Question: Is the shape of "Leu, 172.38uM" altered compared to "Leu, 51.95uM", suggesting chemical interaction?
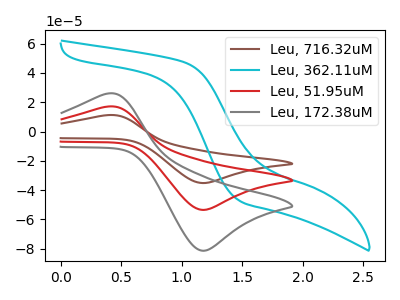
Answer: <think>The brown curve "Leu, 716.32uM" has an anodic peak at (0.40V, 34.05uA) and a cathodic peak at (1.20V, -107.00uA). The cyan curve "Leu, 362.11uM" has no peaks. The red curve "Leu, 51.95uM" has an anodic peak at (0.40V, 17.05uA) and a cathodic peak at (1.20V, -53.50uA). The gray curve "Leu, 172.38uM" has an anodic peak at (0.40V, 25.90uA) and a cathodic peak at (1.20V, -81.35uA).
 All the peaks in "Leu, 172.38uM" have a peak in "Leu, 51.95uM" at the same potential. Every peak in "Leu, 172.38uM" is higher than every peak in "Leu, 51.95uM".</think>
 <answer>No, "Leu, 172.38uM" and "Leu, 51.95uM" don't appear to be significantly different in shape</answer>
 <eval>no_change</eval>